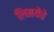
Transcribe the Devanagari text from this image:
लिमयेंंचे